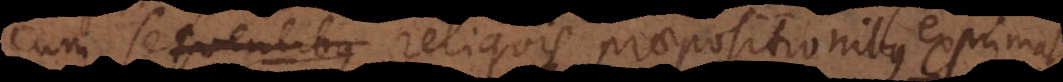
cum sequentibus reliquis praepositionibus exprima